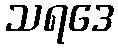
သရဒေ